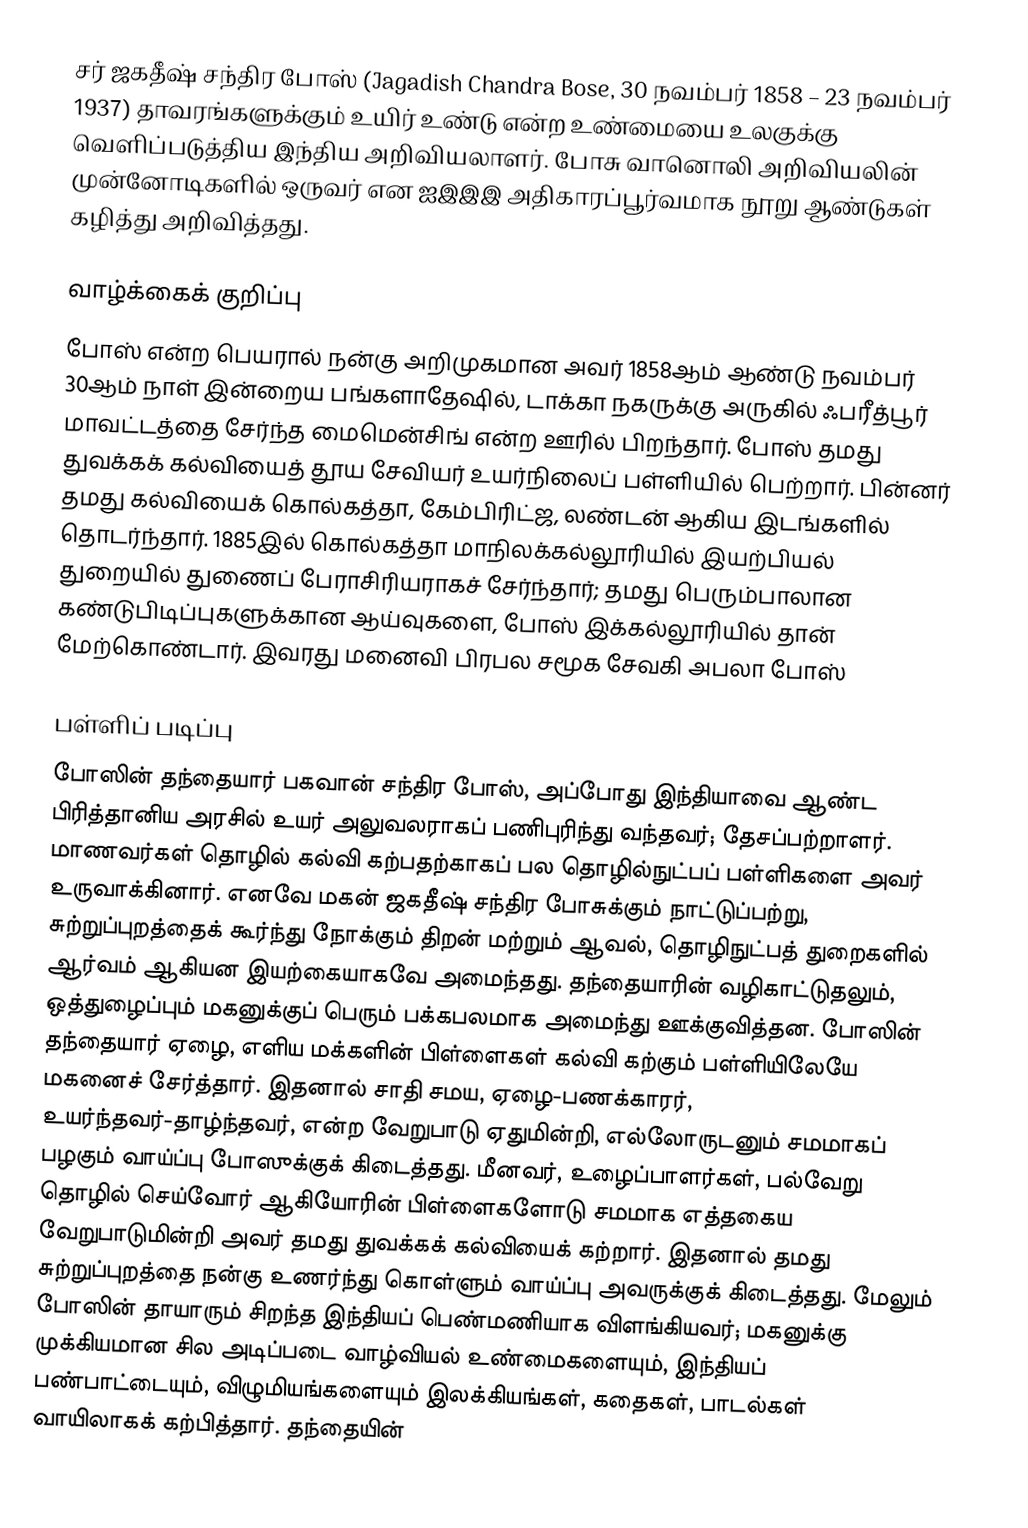
சர் ஜகதீஷ் சந்திர போஸ் (Jagadish Chandra Bose, 30 நவம்பர் 1858 – 23 நவம்பர் 1937) தாவரங்களுக்கும் உயிர் உண்டு என்ற உண்மையை உலகுக்கு வெளிப்படுத்திய இந்திய அறிவியலாளர். போசு வானொலி அறிவியலின் முன்னோடிகளில் ஒருவர் என ஐஇஇஇ அதிகாரப்பூர்வமாக நூறு ஆண்டுகள் கழித்து அறிவித்தது.

வாழ்க்கைக் குறிப்பு
போஸ் என்ற பெயரால் நன்கு அறிமுகமான அவர் 1858ஆம் ஆண்டு நவம்பர் 30ஆம் நாள் இன்றைய பங்களாதேஷில், டாக்கா நகருக்கு அருகில் ஃபரீத்பூர் மாவட்டத்தை சேர்ந்த மைமென்சிங் என்ற ஊரில் பிறந்தார். போஸ் தமது துவக்கக் கல்வியைத் தூய சேவியர் உயர்நிலைப் பள்ளியில் பெற்றார். பின்னர் தமது கல்வியைக் கொல்கத்தா, கேம்பிரிட்ஜ, லண்டன் ஆகிய இடங்களில் தொடர்ந்தார். 1885இல் கொல்கத்தா மாநிலக்கல்லூரியில் இயற்பியல் துறையில் துணைப் பேராசிரியராகச் சேர்ந்தார்; தமது பெரும்பாலான கண்டுபிடிப்புகளுக்கான ஆய்வுகளை, போஸ் இக்கல்லூரியில் தான் மேற்கொண்டார். இவரது மனைவி பிரபல சமூக சேவகி அபலா போஸ்

பள்ளிப் படிப்பு
போஸின் தந்தையார் பகவான் சந்திர போஸ், அப்போது இந்தியாவை ஆண்ட பிரித்தானிய அரசில் உயர் அலுவலராகப் பணிபுரிந்து வந்தவர்; தேசப்பற்றாளர். மாணவர்கள் தொழில் கல்வி கற்பதற்காகப் பல தொழில்நுட்பப் பள்ளிகளை அவர் உருவாக்கினார். எனவே மகன் ஜகதீஷ் சந்திர போசுக்கும் நாட்டுப்பற்று, சுற்றுப்புறத்தைக் கூர்ந்து நோக்கும் திறன் மற்றும் ஆவல், தொழிநுட்பத் துறைகளில் ஆர்வம் ஆகியன இயற்கையாகவே அமைந்தது. தந்தையாரின் வழிகாட்டுதலும், ஒத்துழைப்பும் மகனுக்குப் பெரும் பக்கபலமாக அமைந்து ஊக்குவித்தன. போஸின் தந்தையார் ஏழை, எளிய மக்களின் பிள்ளைகள் கல்வி கற்கும் பள்ளியிலேயே மகனைச் சேர்த்தார். இதனால் சாதி சமய, ஏழை-பணக்காரர், உயர்ந்தவர்-தாழ்ந்தவர், என்ற வேறுபாடு ஏதுமின்றி, எல்லோருடனும் சமமாகப் பழகும் வாய்ப்பு போஸுக்குக் கிடைத்தது. மீனவர், உழைப்பாளர்கள், பல்வேறு தொழில் செய்வோர் ஆகியோரின் பிள்ளைகளோடு சமமாக எத்தகைய வேறுபாடுமின்றி அவர் தமது துவக்கக் கல்வியைக் கற்றார். இதனால் தமது சுற்றுப்புறத்தை நன்கு உணர்ந்து கொள்ளும் வாய்ப்பு அவருக்குக் கிடைத்தது. மேலும் போஸின் தாயாரும் சிறந்த இந்தியப் பெண்மணியாக விளங்கியவர்; மகனுக்கு முக்கியமான சில அடிப்படை வாழ்வியல் உண்மைகளையும், இந்தியப் பண்பாட்டையும், விழுமியங்களையும் இலக்கியங்கள், கதைகள், பாடல்கள் வாயிலாகக் கற்பித்தார். தந்தையின்